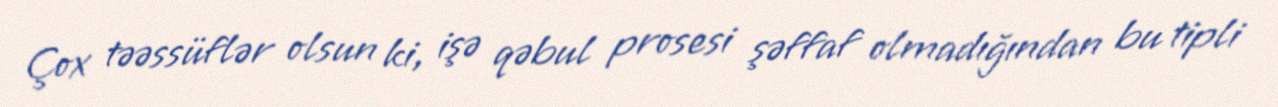
Çox təəssüflər olsun ki, işə qəbul prosesi şəffaf olmadığından bu tipli